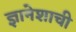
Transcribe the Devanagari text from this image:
ज्ञानेशाची